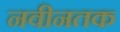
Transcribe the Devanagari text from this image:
नवीनतक